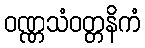
ဝဏ္ဏသံဝတ္တနိကံ